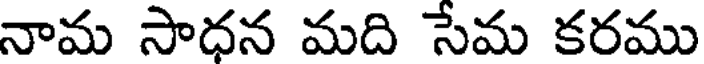
నామ సాధన మది సేమ కరము